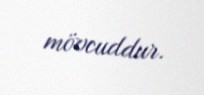
mövcuddur.